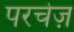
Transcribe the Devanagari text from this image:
परचेज़